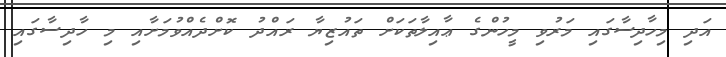
އަދި މިހާދިސާގައި މަރުވި މީހުންގެ ޢާއިލާތަކަށް ތައުޒިޔާ ރައްދު ކޮށްދެއްވުމަށާއި މި ހާދިސާގައި